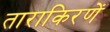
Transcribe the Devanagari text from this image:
ताराकिरणें